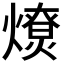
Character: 𤐗